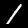
Digit: 1